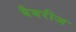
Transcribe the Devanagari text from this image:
बैबरीज